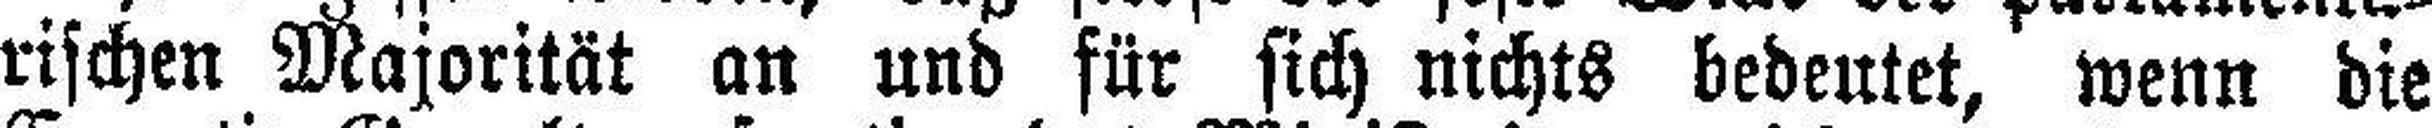
rischen Majorität an und für sich nichts bedeutet, wenn die